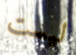
ليست